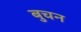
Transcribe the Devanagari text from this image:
बुचन